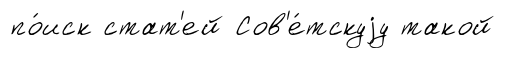
по́иск стат'ей Сов'е́тскуjу такой